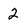
Character: 2